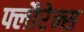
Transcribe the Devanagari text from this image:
फ्लौरेन्स